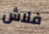
فلاش